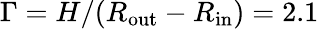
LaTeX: \Gamma=H/(R_{\mathrm{out}}-R_{\mathrm{in}})=2.1